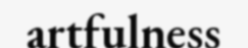
artfulness